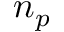
n _ { p }